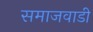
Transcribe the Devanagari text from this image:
समाजवाडी